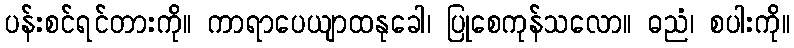
ပန်းစင်ရင်တားကို။ ကာရာပေယျာထနုခေါ၊ ပြုစေကုန်သလော။ ဓညံ၊ စပါးကို။